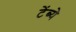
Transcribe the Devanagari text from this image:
टेंब्ये